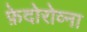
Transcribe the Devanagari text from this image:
फ़ेदोरोव्ना